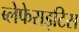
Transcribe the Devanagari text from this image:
ब्लेफेराइटिस